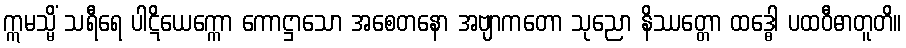
ဣမသ္မိံ သရီရေ ပါဋိယေက္ကော ကောဋ္ဌာသော အစေတနော အဗျာကတော သုညော နိဿတ္တော ထဒ္ဓေါ ပထဝီဓာတူတိ။